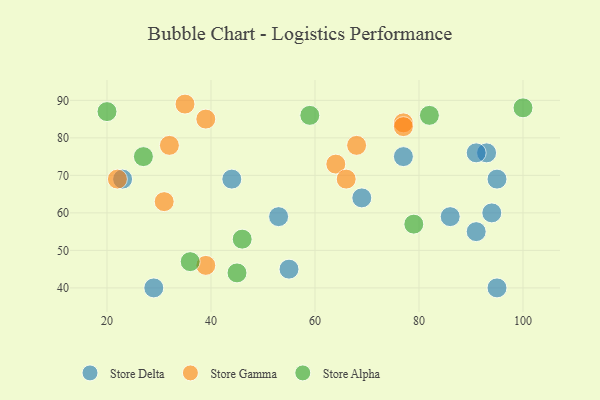
{"axis": {"x": "GDP", "y": "Life Expectancy"}, "legend": ["Store Alpha", "Store Delta", "Store Gamma"], "data": [{"x": "93", "y": 76, "type": "Store Delta"}, {"x": "77", "y": 75, "type": "Store Delta"}, {"x": "91", "y": 55, "type": "Store Delta"}, {"x": "95", "y": 69, "type": "Store Delta"}, {"x": "94", "y": 60, "type": "Store Delta"}, {"x": "91", "y": 76, "type": "Store Delta"}, {"x": "23", "y": 69, "type": "Store Delta"}, {"x": "55", "y": 45, "type": "Store Delta"}, {"x": "44", "y": 69, "type": "Store Delta"}, {"x": "95", "y": 40, "type": "Store Delta"}, {"x": "86", "y": 59, "type": "Store Delta"}, {"x": "69", "y": 64, "type": "Store Delta"}, {"x": "53", "y": 59, "type": "Store Delta"}, {"x": "29", "y": 40, "type": "Store Delta"}, {"x": "64", "y": 73, "type": "Store Gamma"}, {"x": "77", "y": 84, "type": "Store Gamma"}, {"x": "66", "y": 69, "type": "Store Gamma"}, {"x": "39", "y": 85, "type": "Store Gamma"}, {"x": "31", "y": 63, "type": "Store Gamma"}, {"x": "39", "y": 46, "type": "Store Gamma"}, {"x": "35", "y": 89, "type": "Store Gamma"}, {"x": "77", "y": 83, "type": "Store Gamma"}, {"x": "68", "y": 78, "type": "Store Gamma"}, {"x": "22", "y": 69, "type": "Store Gamma"}, {"x": "32", "y": 78, "type": "Store Gamma"}, {"x": "20", "y": 87, "type": "Store Alpha"}, {"x": "46", "y": 53, "type": "Store Alpha"}, {"x": "27", "y": 75, "type": "Store Alpha"}, {"x": "45", "y": 44, "type": "Store Alpha"}, {"x": "36", "y": 47, "type": "Store Alpha"}, {"x": "79", "y": 57, "type": "Store Alpha"}, {"x": "100", "y": 88, "type": "Store Alpha"}, {"x": "59", "y": 86, "type": "Store Alpha"}, {"x": "82", "y": 86, "type": "Store Alpha"}]}